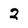
Character: 2